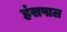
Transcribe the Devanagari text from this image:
हंसपाल